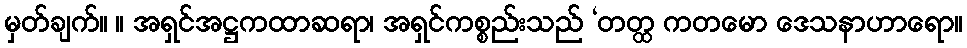
မှတ်ချက်။ ။ အရှင်အဋ္ဌကထာဆရာ၊ အရှင်ကစ္စည်းသည် ‘တတ္ထ ကတမော ဒေသနာဟာရော။